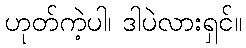
ဟုတ်ကဲ့ပါ၊ ဒါပဲလားရှင်။